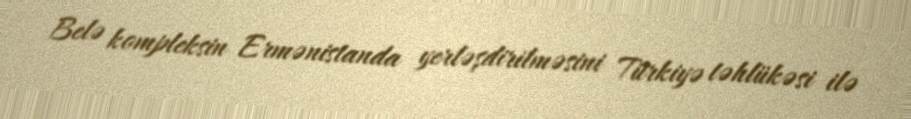
Belə kompleksin Ermənistanda yerləşdirilməsini Türkiyə təhlükəsi ilə